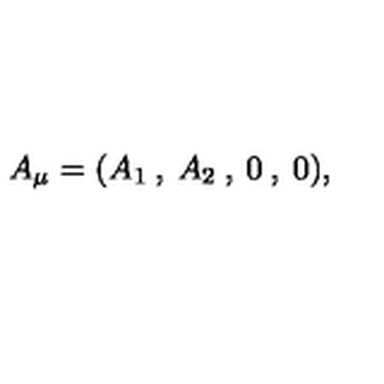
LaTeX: A _ { \mu } = ( A _ { 1 } \: , \: A _ { 2 } \: , \: 0 \: , \: 0 ) ,